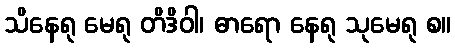
သိနေရု မေရု တိဒိဝါ၊ ဓာရော နေရု သုမေရု စ။